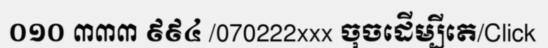
០១០ ៣៣៣ ៩៩៤ /070222xxx ចុចដើម្បីតេ/Click